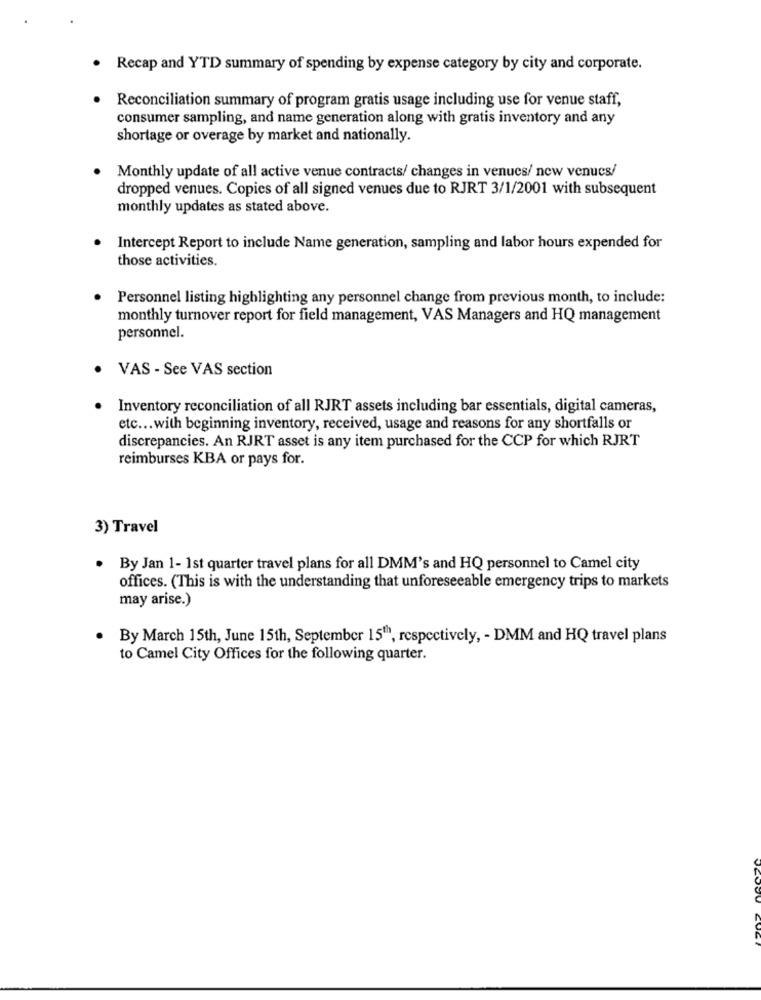
.
Recap and YTD summary of spending by expense category by city and corporate.
Reconciliation summary of program gratis usage including use for venue staff,
consumer sampling, and name generation along with gratis inventory and any
shortage or overage by market and nationally.
Monthly update of all active venue contracts/ changes in venues/ new venucs/
dropped venues. Copies of all signed venues due to RJRT 3/1/2001 with subsequent
monthly updates as stated above.
Intercept Report to include Name generation, sampling and labor hours expended for
those activities.
Personnel listing highlighting any personnel change from previous month, to include:
monthly turnover report for field management, VAS Managers and HQ management
personnel.
VAS - See VAS section
Inventory reconciliation of all RJRT assets including bar essentials, digital cameras,
etc ... with beginning inventory, received, usage and reasons for any shortfalls or
discrepancies. An RJRT asset is any item purchased for the CCP for which RJRT
reimburses KBA or pays for.
3) Travel
By Jan 1- 1st quarter travel plans for all DMM's and HQ personnel to Camel city
offices. (This is with the understanding that unforeseeable emergency trips to markets
may arise.)
· By March 15th, June 15th, September 15", respectively, - DMM and HQ travel plans
to Camel City Offices for the following quarter.